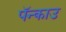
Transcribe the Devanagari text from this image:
पॅन्काउ